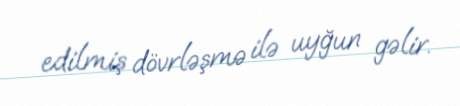
edilmiş dövrləşmə ilə uyğun gəlir.